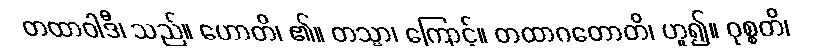
တထာဝါဒီ၊ သည်။ ဟောတိ၊ ၏။ တသ္မာ၊ ကြောင့်။ တထာဂတောတိ၊ ဟူ၍။ ဝုစ္စတိ၊